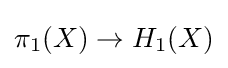
\pi _{1}(X)\to H_{1}(X)